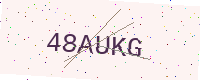
Text: 48AUKG